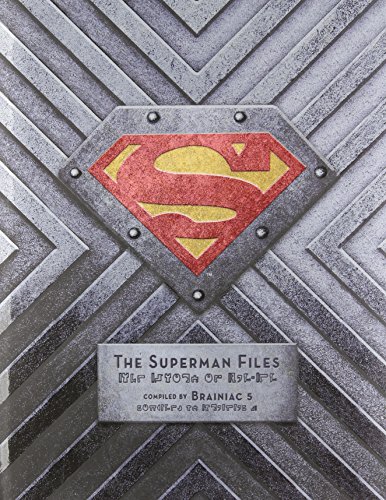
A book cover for The Superman Files; Matthew Manning; Comics & Graphic Novels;